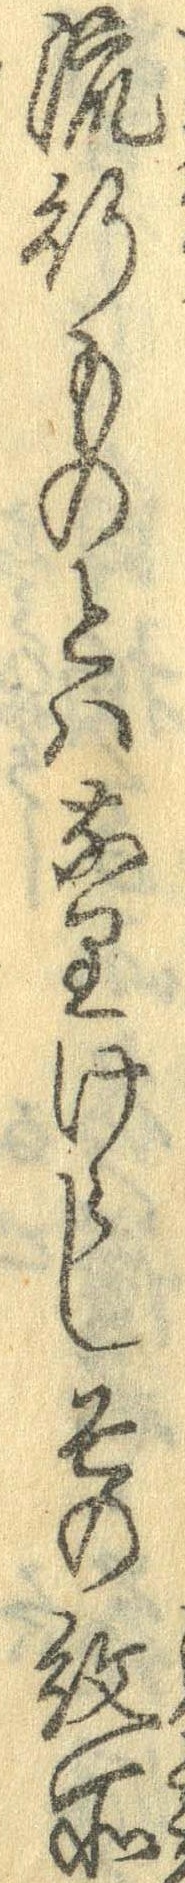
流行ものとはなりけらしその紋所